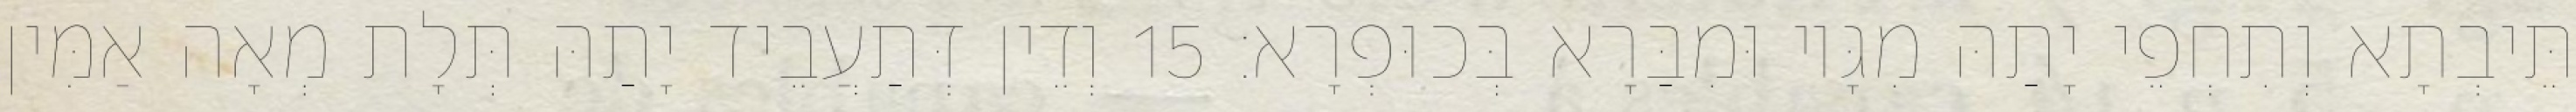
תֵּיבְתָא וְתִחְפֵי יָתַהּ מִגָּיו וּמִבַּרָא בְּכוּפְרָא׃ 15 וְדֵין דְּתַעֲבֵיד יָתַהּ תְּלָת מְאָה אַמִּין